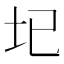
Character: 𡉏